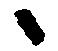
候